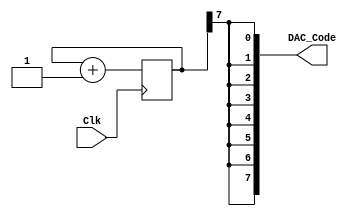
// Altera Cyclone 4 osillates at frequency 50 MHz
// We will have square wave with frequency 195312 Hz
module Simple_DDS_Generator(input Clk, output [7:0] DAC_Code);

	reg [15:0] cnt;									// let's create a 16 bits free-running binary counter
	always @(posedge Clk) cnt <= cnt + 16'h1;	// and use it to generate the DAC signal output
	wire cnt_tap = cnt[7];     					// we take one bit out of the counter (here bit 7 = the 8th bit)
	assign DAC_Code = {8{cnt_tap}};   			// and we duplicate it 8 times to create the 8-bits DAC value 
															// with the maximum possible amplitude

endmodule